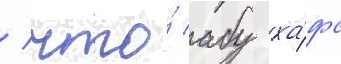
/ что́ абу ха́фс